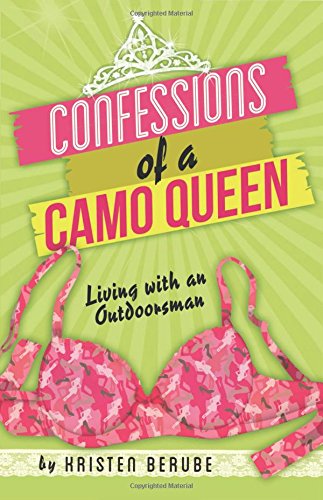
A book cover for Confessions of a Camo Queen: Living with an Outdoorsman; Kristen Berube; Humor & Entertainment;